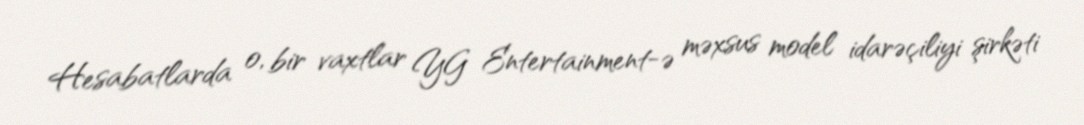
Hesabatlarda o, bir vaxtlar YG Entertainment-ə məxsus model idarəçiliyi şirkəti